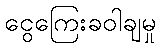
ငွေကြေးခဝါချမှု